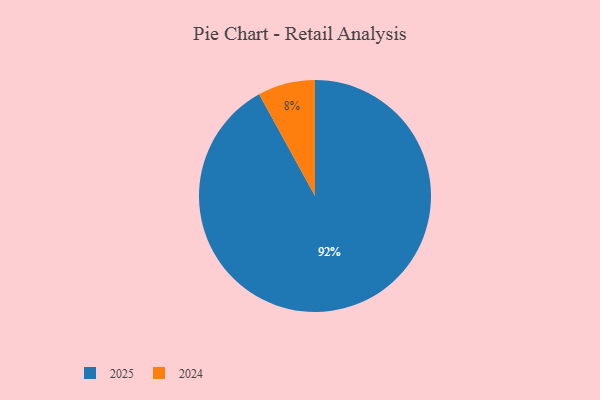
{"axis": {"x": "Category", "y": "Percentage"}, "legend": ["2024", "2025"], "data": [{"x": "2025", "y": 92, "type": "2025"}, {"x": "2024", "y": 8, "type": "2024"}]}